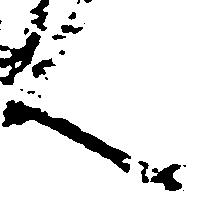
ん